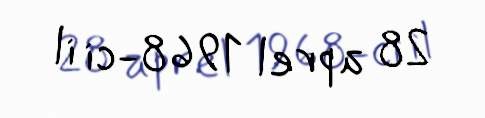
28 aprel 1968-ci il